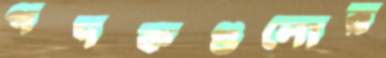
পদকগুলোর